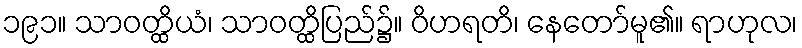
၁၉၁။ သာဝတ္ထိယံ၊ သာဝတ္ထိပြည်၌။ ဝိဟရတိ၊ နေတော်မူ၏။ ရာဟုလ၊